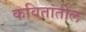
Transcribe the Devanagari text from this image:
कवितांतील